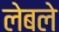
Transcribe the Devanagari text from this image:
लेबले